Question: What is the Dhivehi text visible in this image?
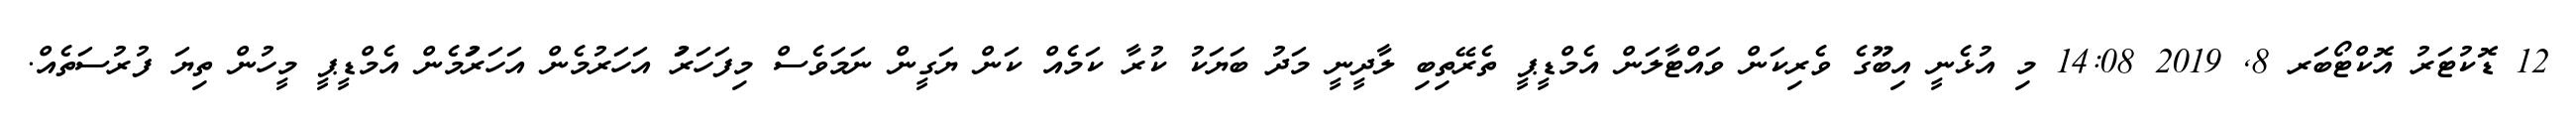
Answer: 12 ޑޮކުޓަރު އޮކްޓޯބަރ 8, 2019 14:08 މި އުޅެނީ އިބޫގެ ވެރިކަން ވައްޓާލަން އެމްޑީޕީ ތެރޭތިބި ލާދީނީ މަދު ބަޔަކު ކުރާ ކަމެއް ކަން ޔަގީން ނަމަވެސް މިފަހަރަު އަހަރުމެން އަހަރަުމެން އެމްޑީޕީ މީހުން ތިޔަ ފުރުސަތެއް.